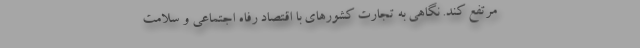
مرتفع کند. نگاهی به تجارت كشورهای با اقتصاد رفاه اجتماعی و سلامت